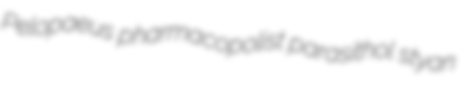
Pelopaeus pharmacopolist parasithol styan